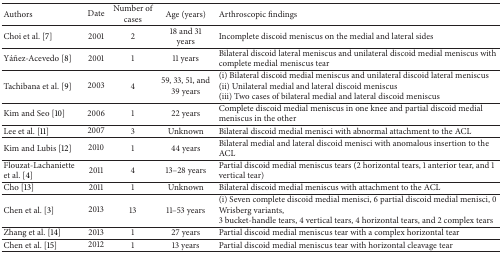
<table><thead><tr><td><b>Authors</b></td><td><b>Date</b></td><td><b>Number of cases</b></td><td><b>Age (years)</b></td><td><b>Arthroscopic findings</b></td></tr></thead><tbody><tr><td>Choi et al. [7]</td><td>2001</td><td>2</td><td>18 and 31 years</td><td>Incomplete discoid meniscus on the medial and lateral sides</td></tr><tr><td>Yáñez-Acevedo [8]</td><td>2001</td><td>1</td><td>11 years</td><td>Bilateral discoid lateral meniscus and unilateral discoid medial meniscus with complete medial meniscus tear</td></tr><tr><td>Tachibana et al. [9]</td><td>2003</td><td>4</td><td>59, 33, 51, and 39 years</td><td>(i) Bilateral discoid medial meniscus and unilateral discoid lateral meniscus(ii) Unilateral medial and lateral discoid meniscus(iii) Two cases of bilateral medial and lateral discoid meniscus</td></tr><tr><td>Kim and Seo [10]</td><td>2006</td><td>1</td><td>22 years</td><td>Complete discoid medial meniscus in one knee and partial discoid medial meniscus in the other</td></tr><tr><td>Lee et al. [11]</td><td>2007</td><td>3</td><td>Unknown</td><td>Bilateral discoid medial menisci with abnormal attachment to the ACL</td></tr><tr><td>Kim and Lubis [12]</td><td>2010</td><td>1</td><td>44 years</td><td>Bilateral medial and lateral discoid menisci with anomalous insertion to the ACL</td></tr><tr><td>Flouzat-Lachaniette et al. [4]</td><td>2011</td><td>4</td><td>13–28 years</td><td>Partial discoid medial meniscus tears (2 horizontal tears, 1 anterior tear, and 1 vertical tear)</td></tr><tr><td>Cho [13]</td><td>2011</td><td>1</td><td>Unknown</td><td>Bilateral discoid medial meniscus with attachment to the ACL</td></tr><tr><td>Chen et al. [3]</td><td>2013</td><td>13 </td><td>11–53 years </td><td>(i) Seven complete discoid medial menisci, 6 partial discoid medial menisci, 0 Wrisberg variants,3 bucket-handle tears, 4 vertical tears, 4 horizontal tears, and 2 complex tears</td></tr><tr><td>Zhang et al. [14]</td><td>2013</td><td>1</td><td>27 years</td><td>Partial discoid medial meniscus tear with a complex horizontal tear</td></tr><tr><td>Chen et al. [15]</td><td>2012</td><td>1</td><td>13 years</td><td>Partial discoid medial meniscus tear with horizontal cleavage tear</td></tr></tbody></table>